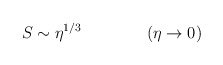
\begin{align*}S \sim \eta^{1/3} \qquad \qquad (\eta \rightarrow 0)\end{align*}